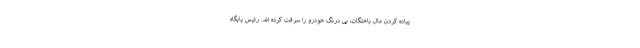
پیاده کردن مال باختگان، بی درنگ خودرو را سرقت کرده اند. رئیس پایگاه